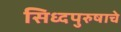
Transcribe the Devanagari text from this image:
सिध्दपुरुषाचे